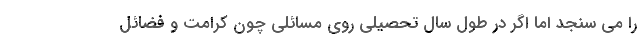
را می سنجد اما اگر در طول سال تحصیلی روی مسائلی چون کرامت و فضائل